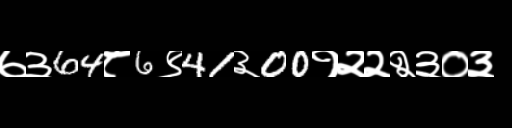
Text: ७३64८6९41३00१२२२३०३